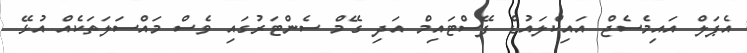
އެޕަލް އައިމެސެޖް އައިކްލައުޑް ފޭސްޓައިމް އަދި ގޭމް ސެންޓަރުގައި ވެސް މައްސަލަތަކެއް އުޅޭ